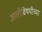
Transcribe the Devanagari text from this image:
जातीविषयीच्या